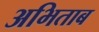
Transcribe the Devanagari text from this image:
अभिताब